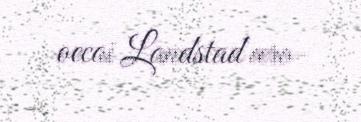
oecai Landstad æro-